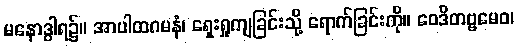
မနောဒွါရ၌။ အာပါထဂမနံ၊ ရှေးရှုကျခြင်းသို့ ရောက်ခြင်းကို။ ဝေဒိတဗ္ဗမေဝ၊